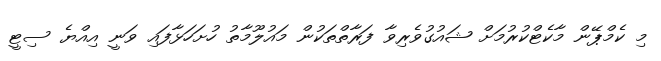
މި ކެމްޕޭން މާކެޓްކުރުމަށް ޝައުގުވެރިވާ ފަރާތްތަކުން މައުލޫމާތު ހުށަހަޅާފައި ވަނީ އިއްޔެ ސިޓީ